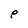
Character: e